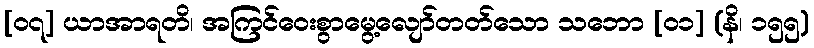
[၀၇] ယာအာရတိ၊ အကြင်ဝေးစွာမွေ့လျော်တတ်သော သဘော [၀၁] (နိ၊ ၁၅၅)